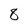
Character: 8